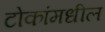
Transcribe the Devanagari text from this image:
टोकांमधील